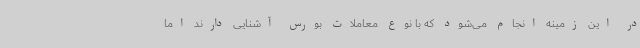
در این زمینه انجام می‌شود که با نوع معاملات بورس آشنایی دارند اما